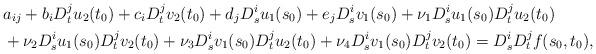
LaTeX: \begin{align*}& a_{ij} + b_i D_t^j u_2(t_0) + c_i D_t^j v_2(t_0) + d_j D_s^i u_1(s_0) + e_j D_s^i v_1(s_0) + \nu_1 D_s^i u_1(s_0) D_t^j u_2(t_0) \\& + \nu_2 D_s^i u_1(s_0) D_t^j v_2(t_0) + \nu_3 D_s^i v_1(s_0) D_t^j u_2(t_0) + \nu_4 D_s^i v_1(s_0) D_t^j v_2(t_0) = D_s^i D_t^j f(s_0,t_0),\end{align*}